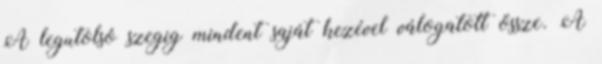
A legutolsó szegig mindent saját kezével válogatott össze. A